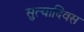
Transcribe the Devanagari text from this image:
सुत्यादिवस